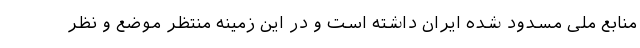
منابع ملی مسدود شده ایران داشته است و در این زمینه منتظر موضع و نظر